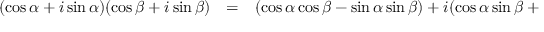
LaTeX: \begin{array} { r c l } { ( \cos \alpha + i \sin \alpha ) ( \cos \beta + i \sin \beta ) } & { = } & { ( \cos \alpha \cos \beta - \sin \alpha \sin \beta ) + i ( \cos \alpha \sin \beta + \sin \alpha \cos \beta ) } \end{array}